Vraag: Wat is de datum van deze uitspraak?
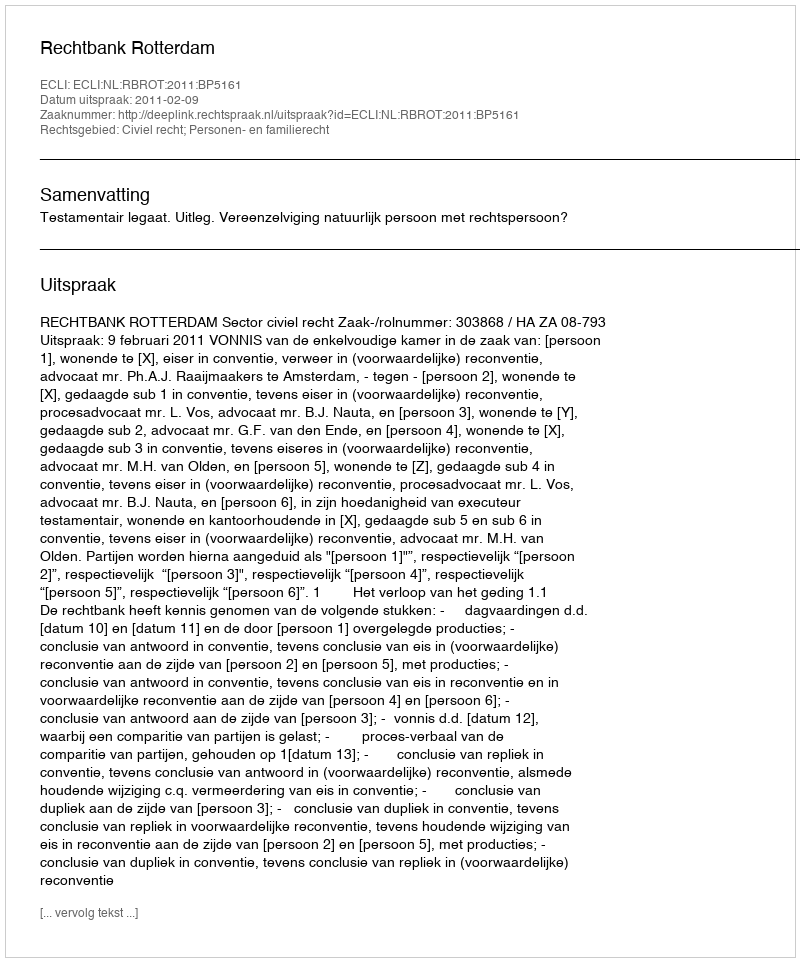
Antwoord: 2011-02-09